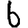
Digit: 6